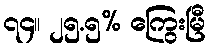
၇၄။ ၂၅.၅% ကြွေးမြီ